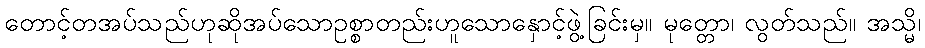
တောင့်တအပ်သည်ဟုဆိုအပ်သောဥစ္စာတည်းဟူသောနှောင့်ဖွဲ့ခြင်းမှ။ မုတ္တော၊ လွတ်သည်။ အသ္မိ၊